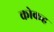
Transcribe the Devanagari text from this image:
कोकह